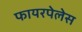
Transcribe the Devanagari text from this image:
फायरपेलेस